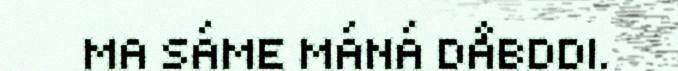
MA SÁME MÁNÁ DÅBDDI.